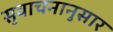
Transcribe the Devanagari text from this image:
सुवाचनानुसार